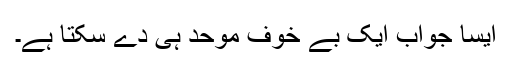
ایسا جواب ایک بے خوف موحد ہی دے سکتا ہے۔